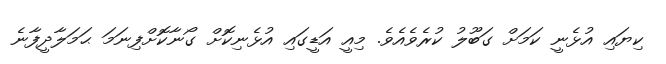
ކިޔައި އުޅެނީ ކަމަށް ގަބޫލު ކުރެވެއެވެ. މިއީ އަޑީގައި އުޅެނިކޮށް ގޯނާކޮށްފިނަމަ ޙަމަލާދީފާނެ